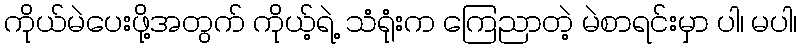
ကိုယ်မဲပေးဖို့အတွက် ကိုယ့်ရဲ့ သံရုံးက ကြေညာတဲ့ မဲစာရင်းမှာ ပါ၊ မပါ၊